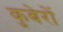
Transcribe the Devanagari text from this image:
कुबेरों